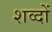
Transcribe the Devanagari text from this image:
शव्दों